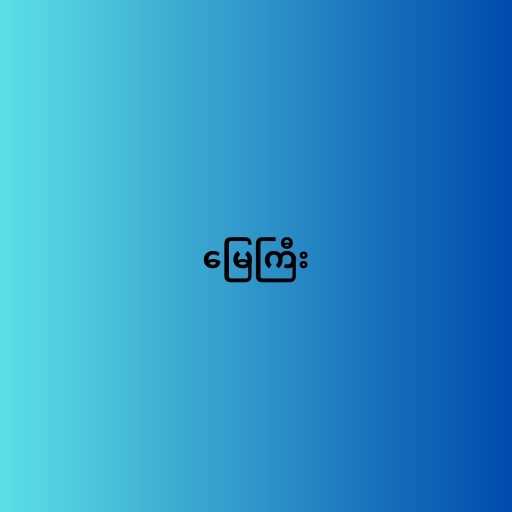
မြေကြီး